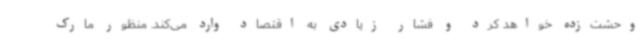
وحشت‌زده خواهد کرد و فشار زیادی به اقتصاد وارد می‌کند. منظور مارک